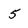
Character: 5